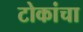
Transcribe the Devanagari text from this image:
टोकांचा